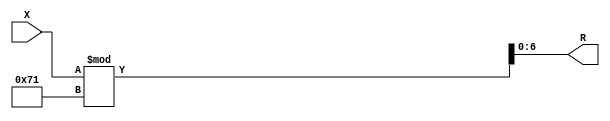
module x_100_mod_113_reg(
    input [100:1] X,
    output [7:1] R
    );


assign R = X % 113;

endmodule